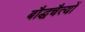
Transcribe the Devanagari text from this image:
बौद्धचैत्यों